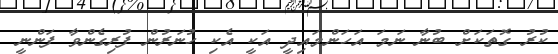
ކުރު ގޮތަކަށް ބުނާ ނަމަ އަހަންމައިދީ އަކީ އެކި ހުނަރުން ފުރިގެންވާ ފަންނީ